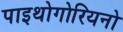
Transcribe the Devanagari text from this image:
पाइथोगोरियनो